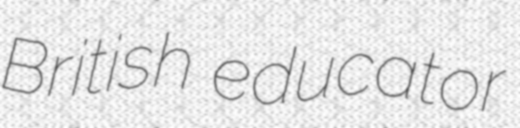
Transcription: British educator